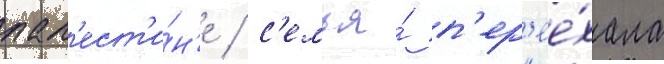
пал'ест'и́н'е / с'емья́ п'ер'ее́хала